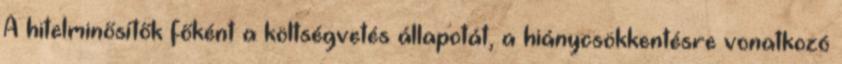
A hitelminősítők főként a költségvetés állapotát, a hiánycsökkentésre vonatkozó